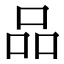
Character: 品